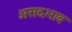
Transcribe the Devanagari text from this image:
असदभाव